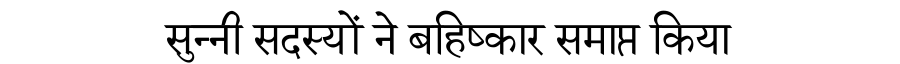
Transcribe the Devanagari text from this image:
सुन्नी सदस्यों ने बहिष्कार समाप्त किया